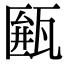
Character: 𤮖